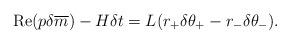
LaTeX: \begin{align*}{\rm Re}(p\delta\overline{m})-H\delta t=L(r_{+}\delta\theta_{+}-r_{-}\delta\theta_{-}).\end{align*}